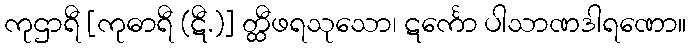
ကုဌာရီ [ကုဓာရီ (ဋီ.)] တ္ထီဖရသုသော၊ ဋင်္ကော ပါသာဏဒါရဏော။